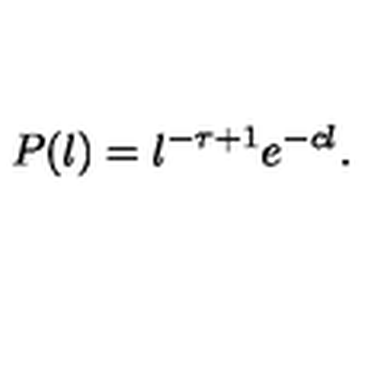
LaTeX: P ( l ) = l ^ { - \tau + 1 } e ^ { - c l } . \,